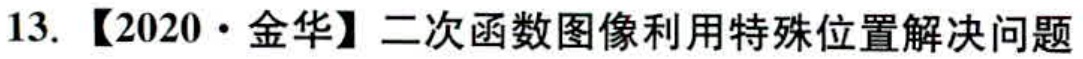
13. 【2020·金华】二次函数图像利用特殊位置解决问题